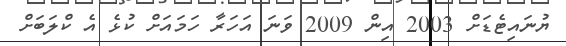
ޔުނައިޓެޑަށް 2003 އިން 2009 ވަނަ އަހަރާ ހަމައަށް ކުޅެ އެ ކްލަބަށް